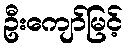
ဦးကျော်မြင့်